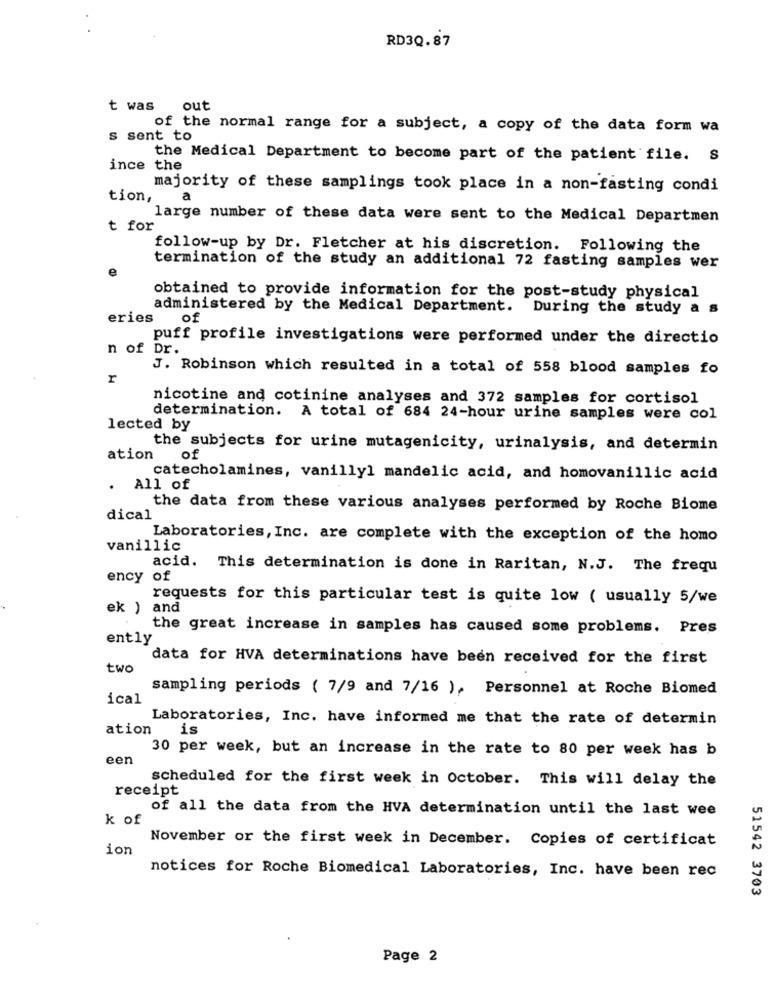
RD3Q.87
t was
out
of the normal range for a subject, a copy of the data form wa
s sent to
the Medical Department to become part of the patient file. S
ince the
majority of these samplings took place in a non-fasting condi
tion,
a
large number of these data were sent to the Medical Departmen
t for
follow-up by Dr. Fletcher at his discretion. Following the
e
termination of the study an additional 72 fasting samples wer
obtained to provide information for the post-study physical
administered by the Medical Department. During the study a s
eries
of
puff profile investigations were performed under the directio
n of Dr.
J. Robinson which resulted in a total of 558 blood samples fo
r
nicotine and cotinine analyses and 372 samples for cortisol
determination. A total of 684 24-hour urine samples were col
lected by
the subjects for urine mutagenicity, urinalysis, and determin
ation
of
catecholamines, vanilly1 mandelic acid, and homovanillic acid
.
All of
the data from these various analyses performed by Roche Biome
dical
Laboratories, Inc. are complete with the exception of the homo
vanillic
acid. This determination is done in Raritan, N.J. The frequ
ency of
requests for this particular test is quite low ( usually 5/we
ek ) and
the great increase in samples has caused some problems. Pres
ently
data for HVA determinations have been received for the first
two
sampling periods ( 7/9 and 7/16 ), Personnel at Roche Biomed
ical
Laboratories, Inc. have informed me that the rate of determin
ation
is
30 per week, but an increase in the rate to 80 per week has b
een
scheduled for the first week in October. This will delay the
receipt
of all the data from the HVA determination until the last wee
k of
November or the first week in December. Copies of certificat
ion
notices for Roche Biomedical Laboratories, Inc. have been rec
51542 3703
Page 2